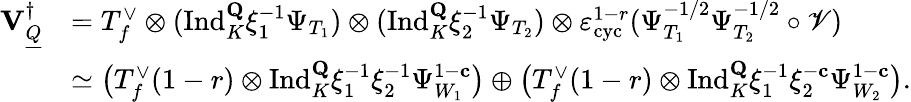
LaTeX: \begin{array}{rl}{{\mathbf{V}_{\underline{{Q}}}^{\dagger}}}&{=T_{f}^{\vee}\otimes(\mathrm{Ind}_{K}^{\mathbf{Q}}\xi_{1}^{-1}\Psi_{T_{1}})\otimes(\mathrm{Ind}_{K}^{\mathbf{Q}}\xi_{2}^{-1}\Psi_{T_{2}})\otimes\varepsilon_{\mathrm{cyc}}^{1-r}(\Psi_{T_{1}}^{-1/2}\Psi_{T_{2}}^{-1/2}\circ\mathscr{V})}\\ &{\simeq\bigl(T_{f}^{\vee}(1-r)\otimes\mathrm{Ind}_{K}^{\mathbf{Q}}\xi_{1}^{-1}\xi_{2}^{-1}\Psi_{W_{1}}^{1-\mathbf{c}}\bigr)\oplus\bigl(T_{f}^{\vee}(1-r)\otimes\mathrm{Ind}_{K}^{\mathbf{Q}}\xi_{1}^{-1}\xi_{2}^{-\mathbf{c}}\Psi_{W_{2}}^{1-\mathbf{c}}\bigr).}\end{array}